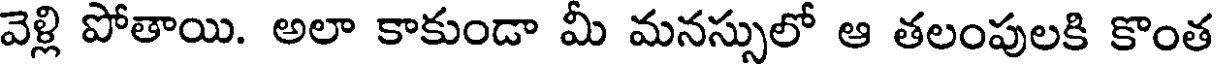
వెళ్లి పోతాయి. అలా కాకుండా మీ మనస్సులో ఆ తలంపులకి కొంత